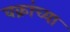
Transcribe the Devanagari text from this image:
वक्रांच्या